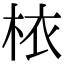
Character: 𣐿